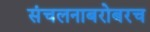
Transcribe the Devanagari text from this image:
संचलनाबरोबरच